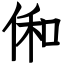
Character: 俰